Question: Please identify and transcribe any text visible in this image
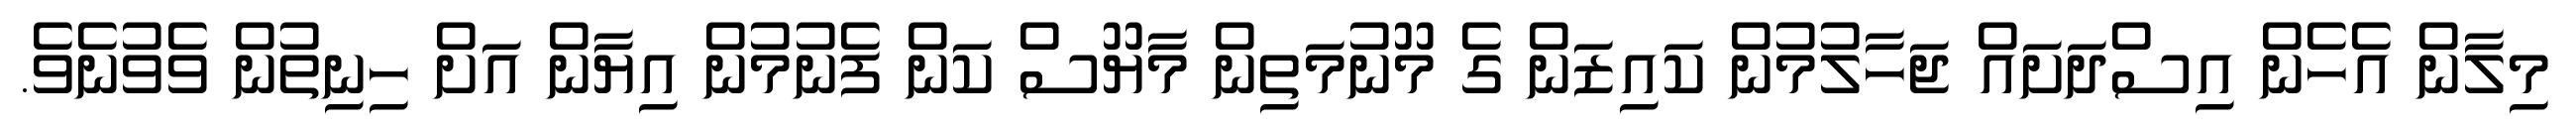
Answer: މިލާން އެހެން އިސްދަށައް ޖަހާލުމުން ކައިޒަން ގެ މޫނުމަތިން މާޔޫސް ކަން ފެނުމުން އިޔާން އަށް ހިނިތުން ވެވުނެވެ.